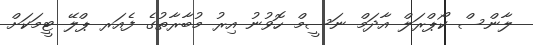
ލާންސް ކޯޕްރަލް އާދަމް ނަސީމް ހޮވުނު އިރު މުބާރާތުގެ ފެއަރ ޕްލޭ ޓީމަކަށް